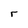
Character: r